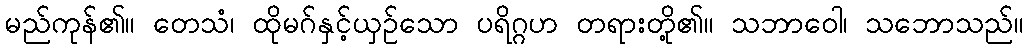
မည်ကုန်၏။ တေသံ၊ ထိုမဂ်နှင့်ယှဉ်သော ပရိဂ္ဂဟ တရားတို့၏။ သဘာဝေါ၊ သဘောသည်။